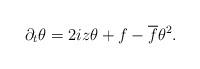
LaTeX: \begin{align*} \partial_t \theta = 2iz \theta + f - \overline{f} \theta^2.\end{align*}